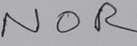
Text: NOR